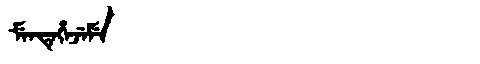
Manchu: ᠮᡝᠨᡨᡝᡥᡝᠵᡝᠮᡝ
Romanization: MENTEHEJEME